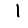
Digit: 1